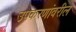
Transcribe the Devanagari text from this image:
उपकरणांवरील